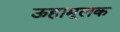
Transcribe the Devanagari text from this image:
ऊहामूलक